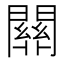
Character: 𨶚